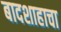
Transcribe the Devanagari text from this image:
बादशाहाचा